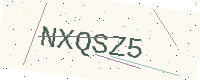
Text: NXQSZ5